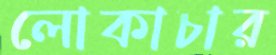
লোকাচার